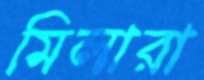
মিলারা